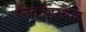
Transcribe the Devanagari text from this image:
निर्वाणस्थल